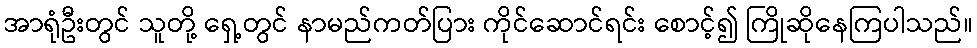
အာရုံဦးတွင် သူတို့ ရှေ့တွင် နာမည်ကတ်ပြား ကိုင်ဆောင်ရင်း စောင့်၍ ကြိုဆိုနေကြပါသည်။